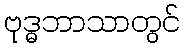
ဗုဒ္ဓဘာသာတွင်